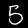
Label: 5